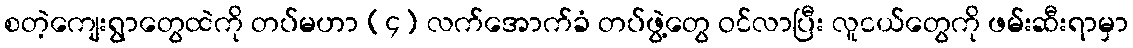
စတဲ့ကျေးရွာတွေထဲကို တပ်မဟာ (၄) လက်အောက်ခံ တပ်ဖွဲ့တွေ ဝင်လာပြီး လူငယ်တွေကို ဖမ်းဆီးရာမှာ